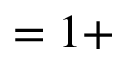
= 1 +